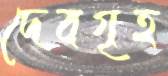
দেবগৃহ